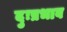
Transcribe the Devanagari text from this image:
दुःप्रभाव